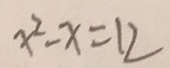
x ^ { 2 } - x = 1 2